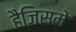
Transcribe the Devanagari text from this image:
हैजिसमे